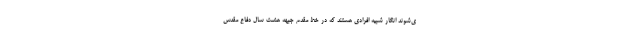
ی‌شوند انگار شبیه افرادی هستند که در خط مقدم جبهه هشت سال دفاع مقدس